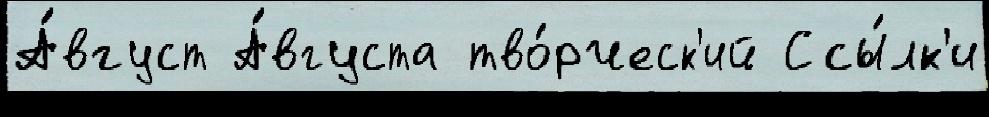
А́вгуст А́вгуста тво́рческ'ий Ссы́лк'и